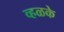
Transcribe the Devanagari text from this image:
व्हळके